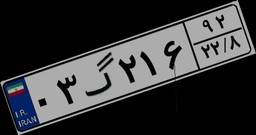
۳۱گ۴۱۰۹۸